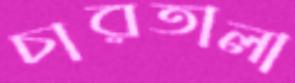
চারতালা